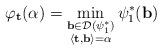
LaTeX: \begin{align*}\varphi_{\bf t}(\alpha)=\min_{\substack{{\bf b}\in \mathcal{D}(\psi_1^*) \\ \left\langle {\bf t},{\bf b}\right\rangle=\alpha}}\psi_1^*({\bf b})\end{align*}